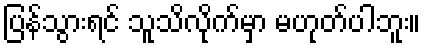
ပြန်သွားရင် သူသိလိုက်မှာ မဟုတ်ပါဘူး။